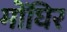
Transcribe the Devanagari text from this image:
मोंघिर